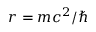
r = m c ^ { 2 } / \hbar